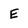
Character: E